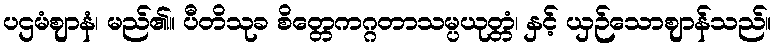
ပဌမံဈာနံ၊ မည်၏။ ပီတိသုခ စိတ္တေကဂ္ဂတာသမ္ပယုတ္တံ၊ နှင့် ယှဉ်သောဈာန်သည်။